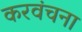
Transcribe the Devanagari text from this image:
करवंचना